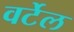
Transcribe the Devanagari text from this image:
वर्टेल